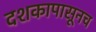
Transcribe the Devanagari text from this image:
दशकापासूनच